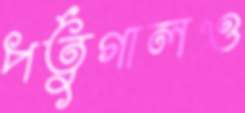
পর্তুগালও